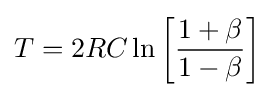
T=2RC\ln \left[{\frac {1+\beta }{1-\beta }}\right]